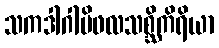
သကဒါဂါမိဖလသစ္ဆိကိရိယာ